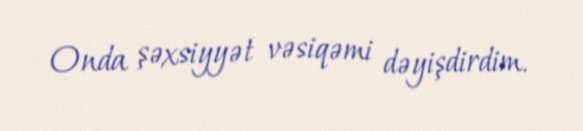
Onda şəxsiyyət vəsiqəmi dəyişdirdim.